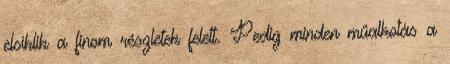
elsiklik a finom részletek felett. Pedig minden műalkotás a